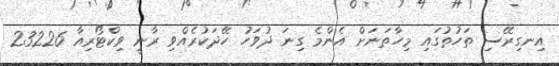
އިނގިރޭސި ތަހުތުގައި މިހާތަނަށް އެންމެ ގިނަ ދުވަހު ހޭދަކުރެއްވި ރާނީ ވިކްޓޯރިއާ 23226